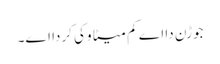
جوڑن دا اے کم میٹا وکی کردا اے۔